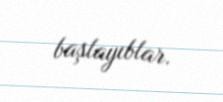
başlayıblar.